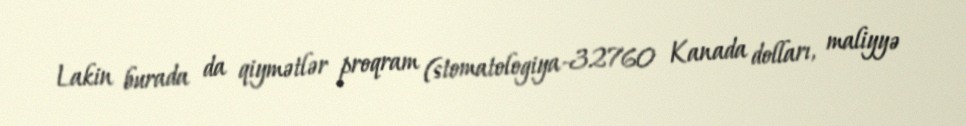
Lakin burada da qiymətlər proqram (stomatologiya-32760 Kanada dolları, maliyyə